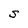
Character: S